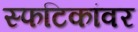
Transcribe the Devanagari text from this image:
स्फटिकांवर